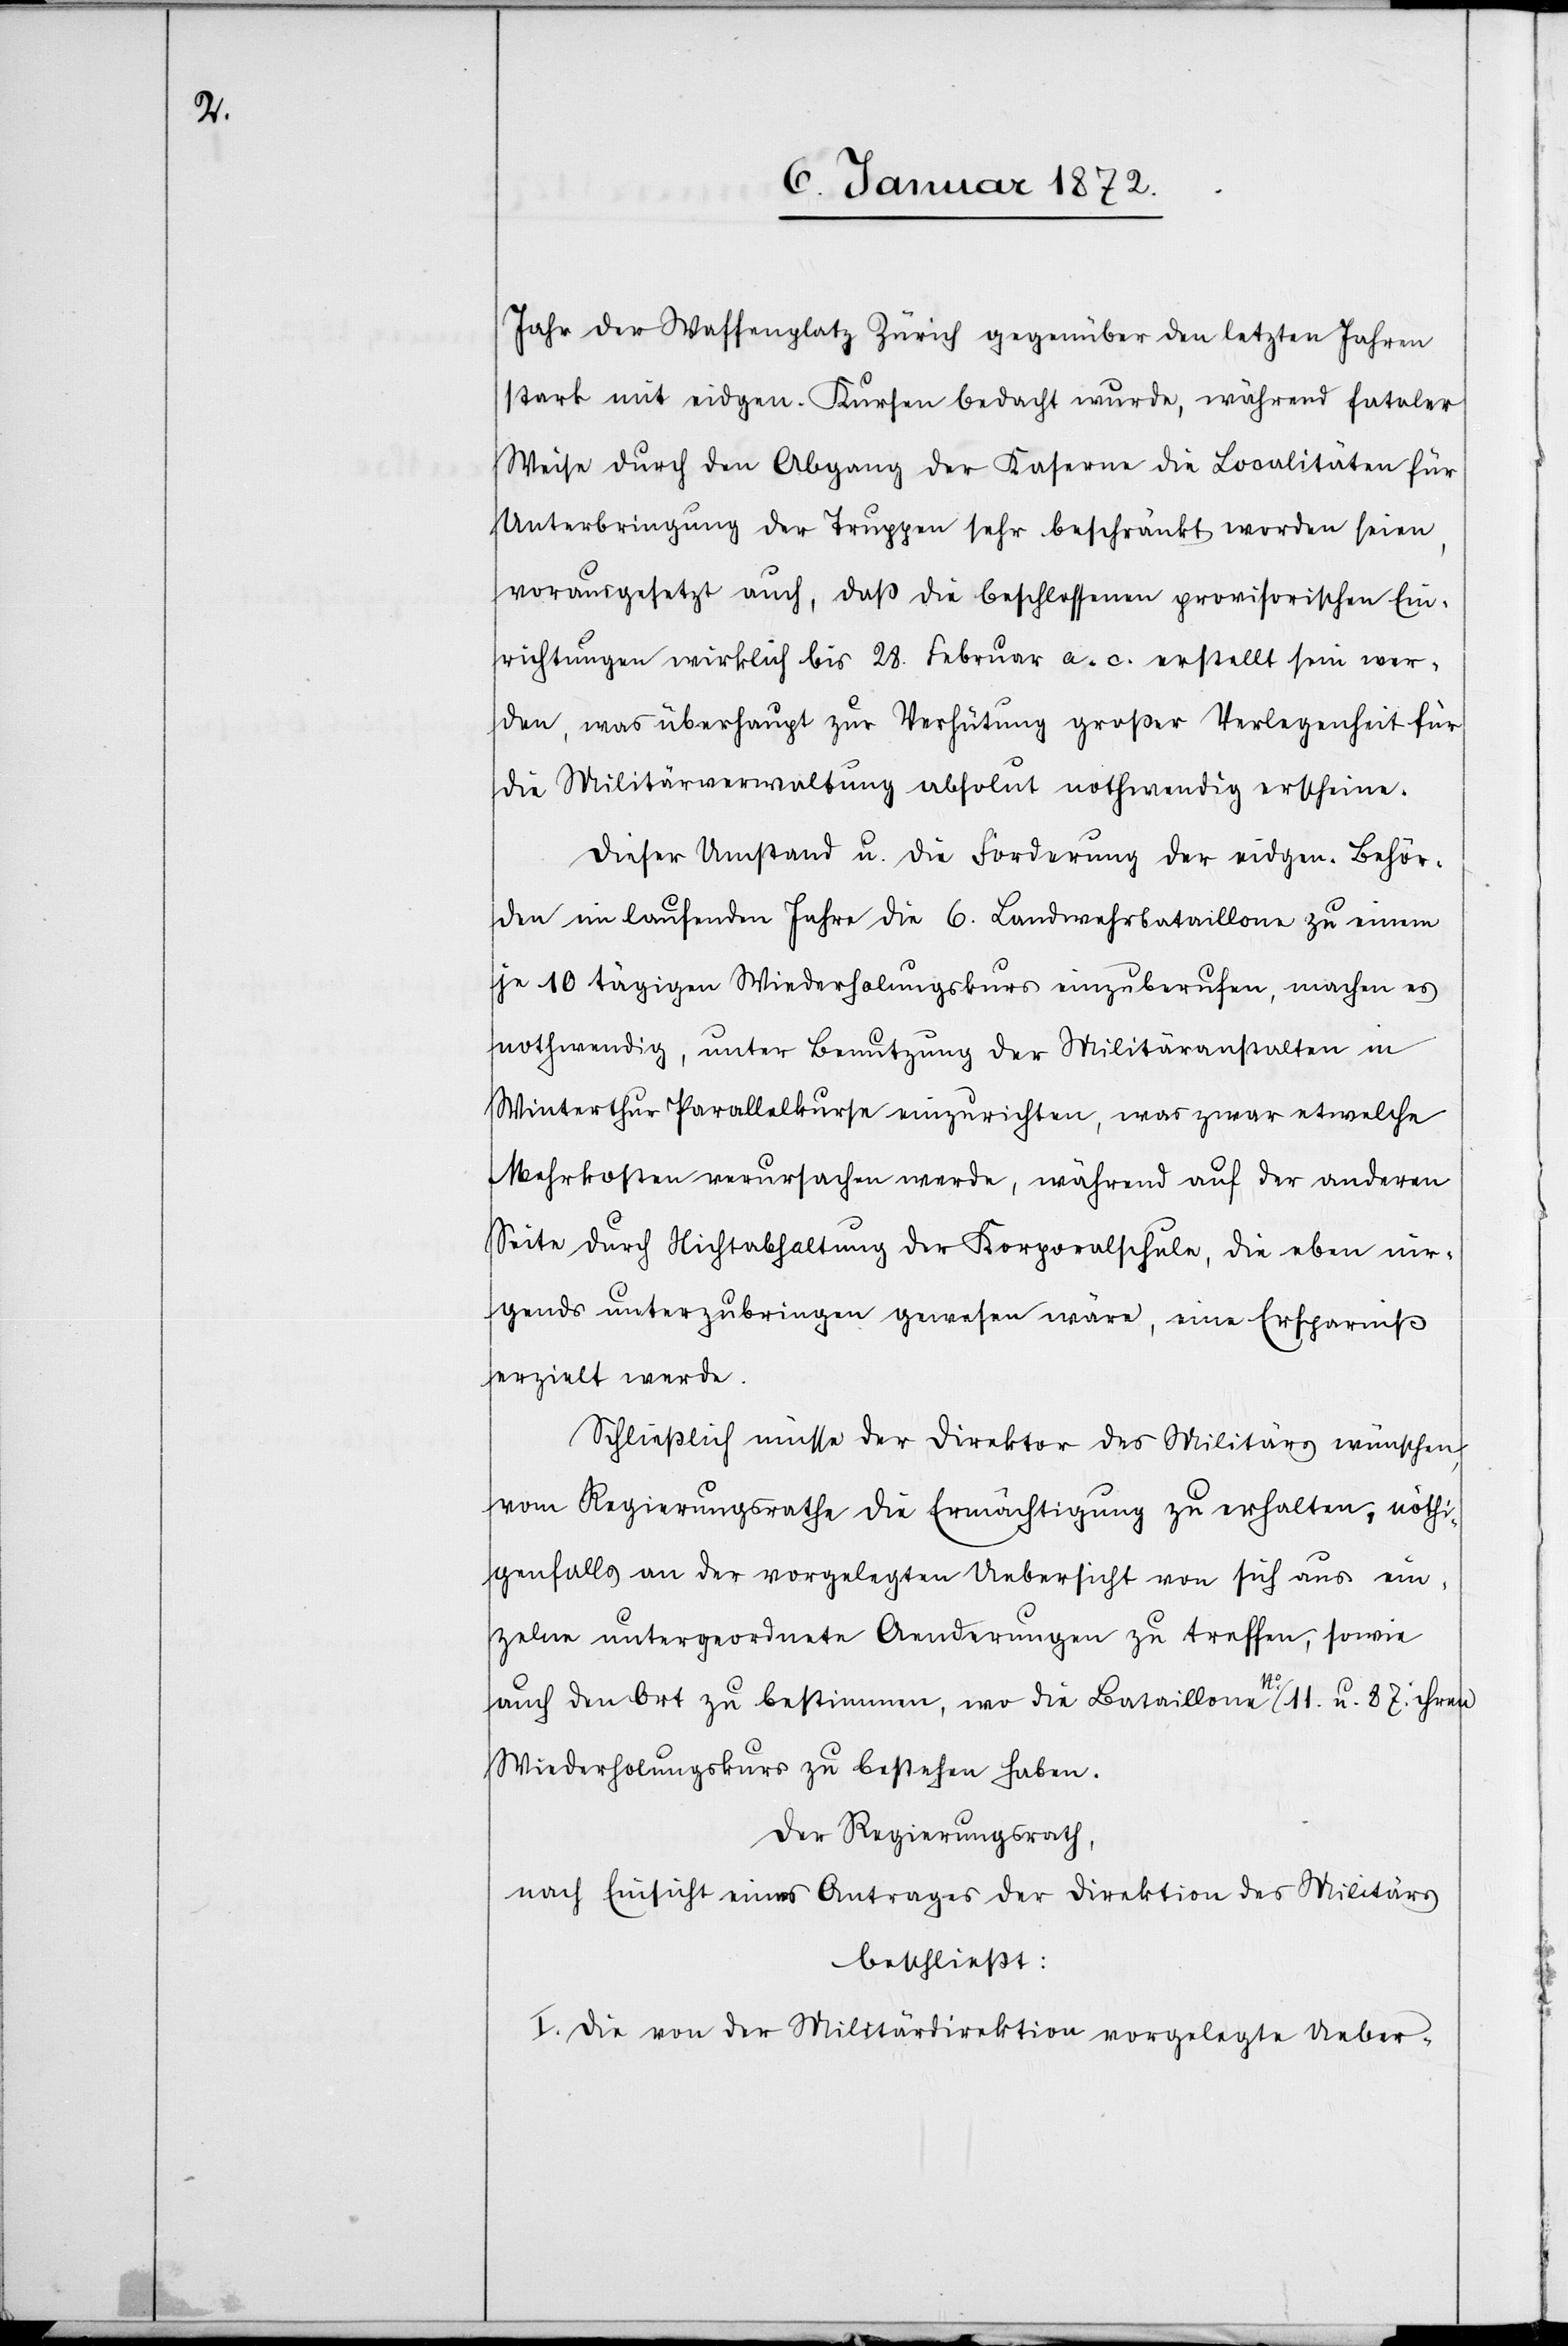
Jahr der Waffenplatz Zürich gegenüber den letzten Jahren
stark mit eidgen. Kursen bedacht wurde, während fataler
Weise durch den Abgang der Kaserne die Localitäten für
Unterbringung der Truppen sehr beschränkt worden seien,
vorausgesetzt auch, daß die beschlossenen provisorischen Ein¬
richtungen wirklich bis 28. Februar a. c. erstellt sein wer¬
den, was überhaupt zur Verhütung großer Verlegenheit für
die Militärverwaltung absolut nothwendig erscheine.
Dieser Umstand u. die Forderung der eidgen. Behör¬
den im laufenden Jahre die 6. Landwehrbataillone zu einem
je 10 tägigen Wiederholungskurs einzuberufen, machen es
nothwendig, unter Benutzung der Militäranstalten in
Winterthur Parallelkurse einzurichten, was zwar etwelche
Mehrkosten verursachen werde, während auf der anderen
Seite durch Nichtabhaltung der Korporalschule, die eben nir¬
gends unterzubringen gewesen wäre, eine Ersparniß
erzielt werde.
Schließlich müsse der Direktor des Militärs wünschen,
vom Regierungsrathe die Ermächtigung zu erhalten, nöthi¬
genfalls an der vorgelegten Uebersicht von sich aus ein¬
zelne untergeordnete Aenderungen zu treffen, sowie
auch den Ort zu bestimmen, wo die Bataillone No. 11. u. 87. ihren
Wiederholungskurs zu bestehen haben.
Der Regierungsrath,
nach Einsicht eines Antrags der Direktion des Militärs
beschließt:
I. Die von der Militärdirektion vorgelegte Ueber-